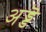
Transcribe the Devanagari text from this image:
अड्डॆ